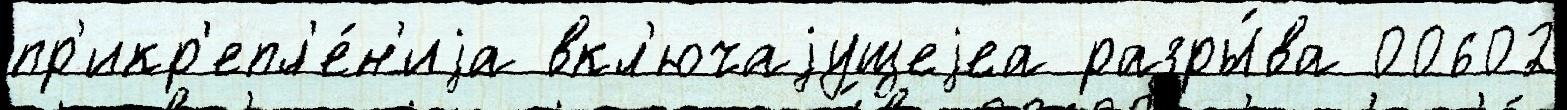
пр'икр'епл'е́н'иjа вкл'ючаjущеjеа разры́ва 00602